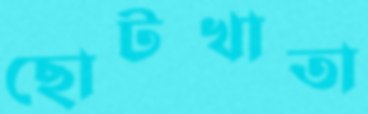
ছোটখাতা